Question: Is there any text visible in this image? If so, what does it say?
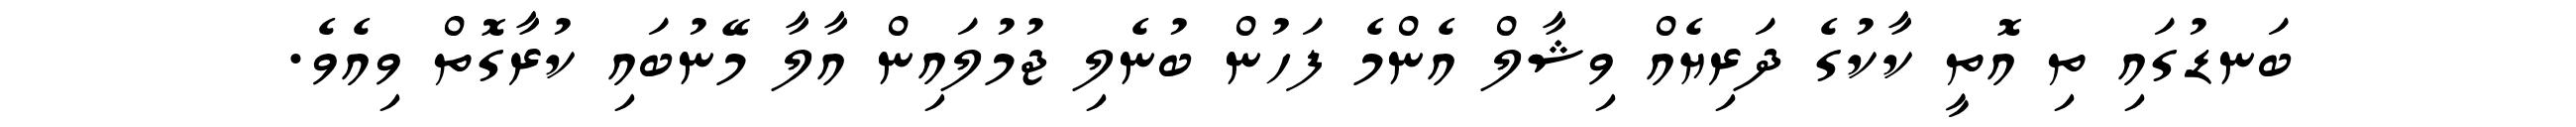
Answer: ބަނޑުގައި ތި އޮތީ ކާކުގެ ދަރިޔެއް ވިޝާލް އެންމެ ފަހުން ބުނެލި ޖުމުލައިން އާލާ މޭނުބައި ކުރާގޮތް ވިއެވެ.